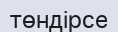
төндірсе